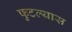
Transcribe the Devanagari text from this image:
फुटल्यास